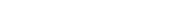
٢٧